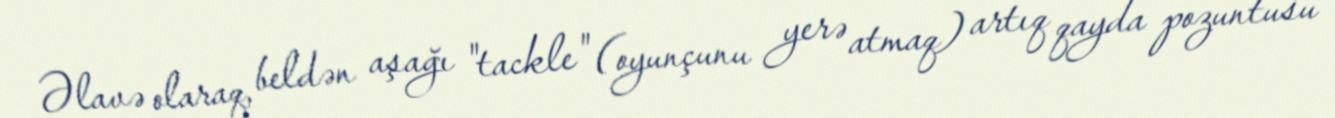
Əlavə olaraq, beldən aşağı "tackle" (oyunçunu yerə atmaq) artıq qayda pozuntusu